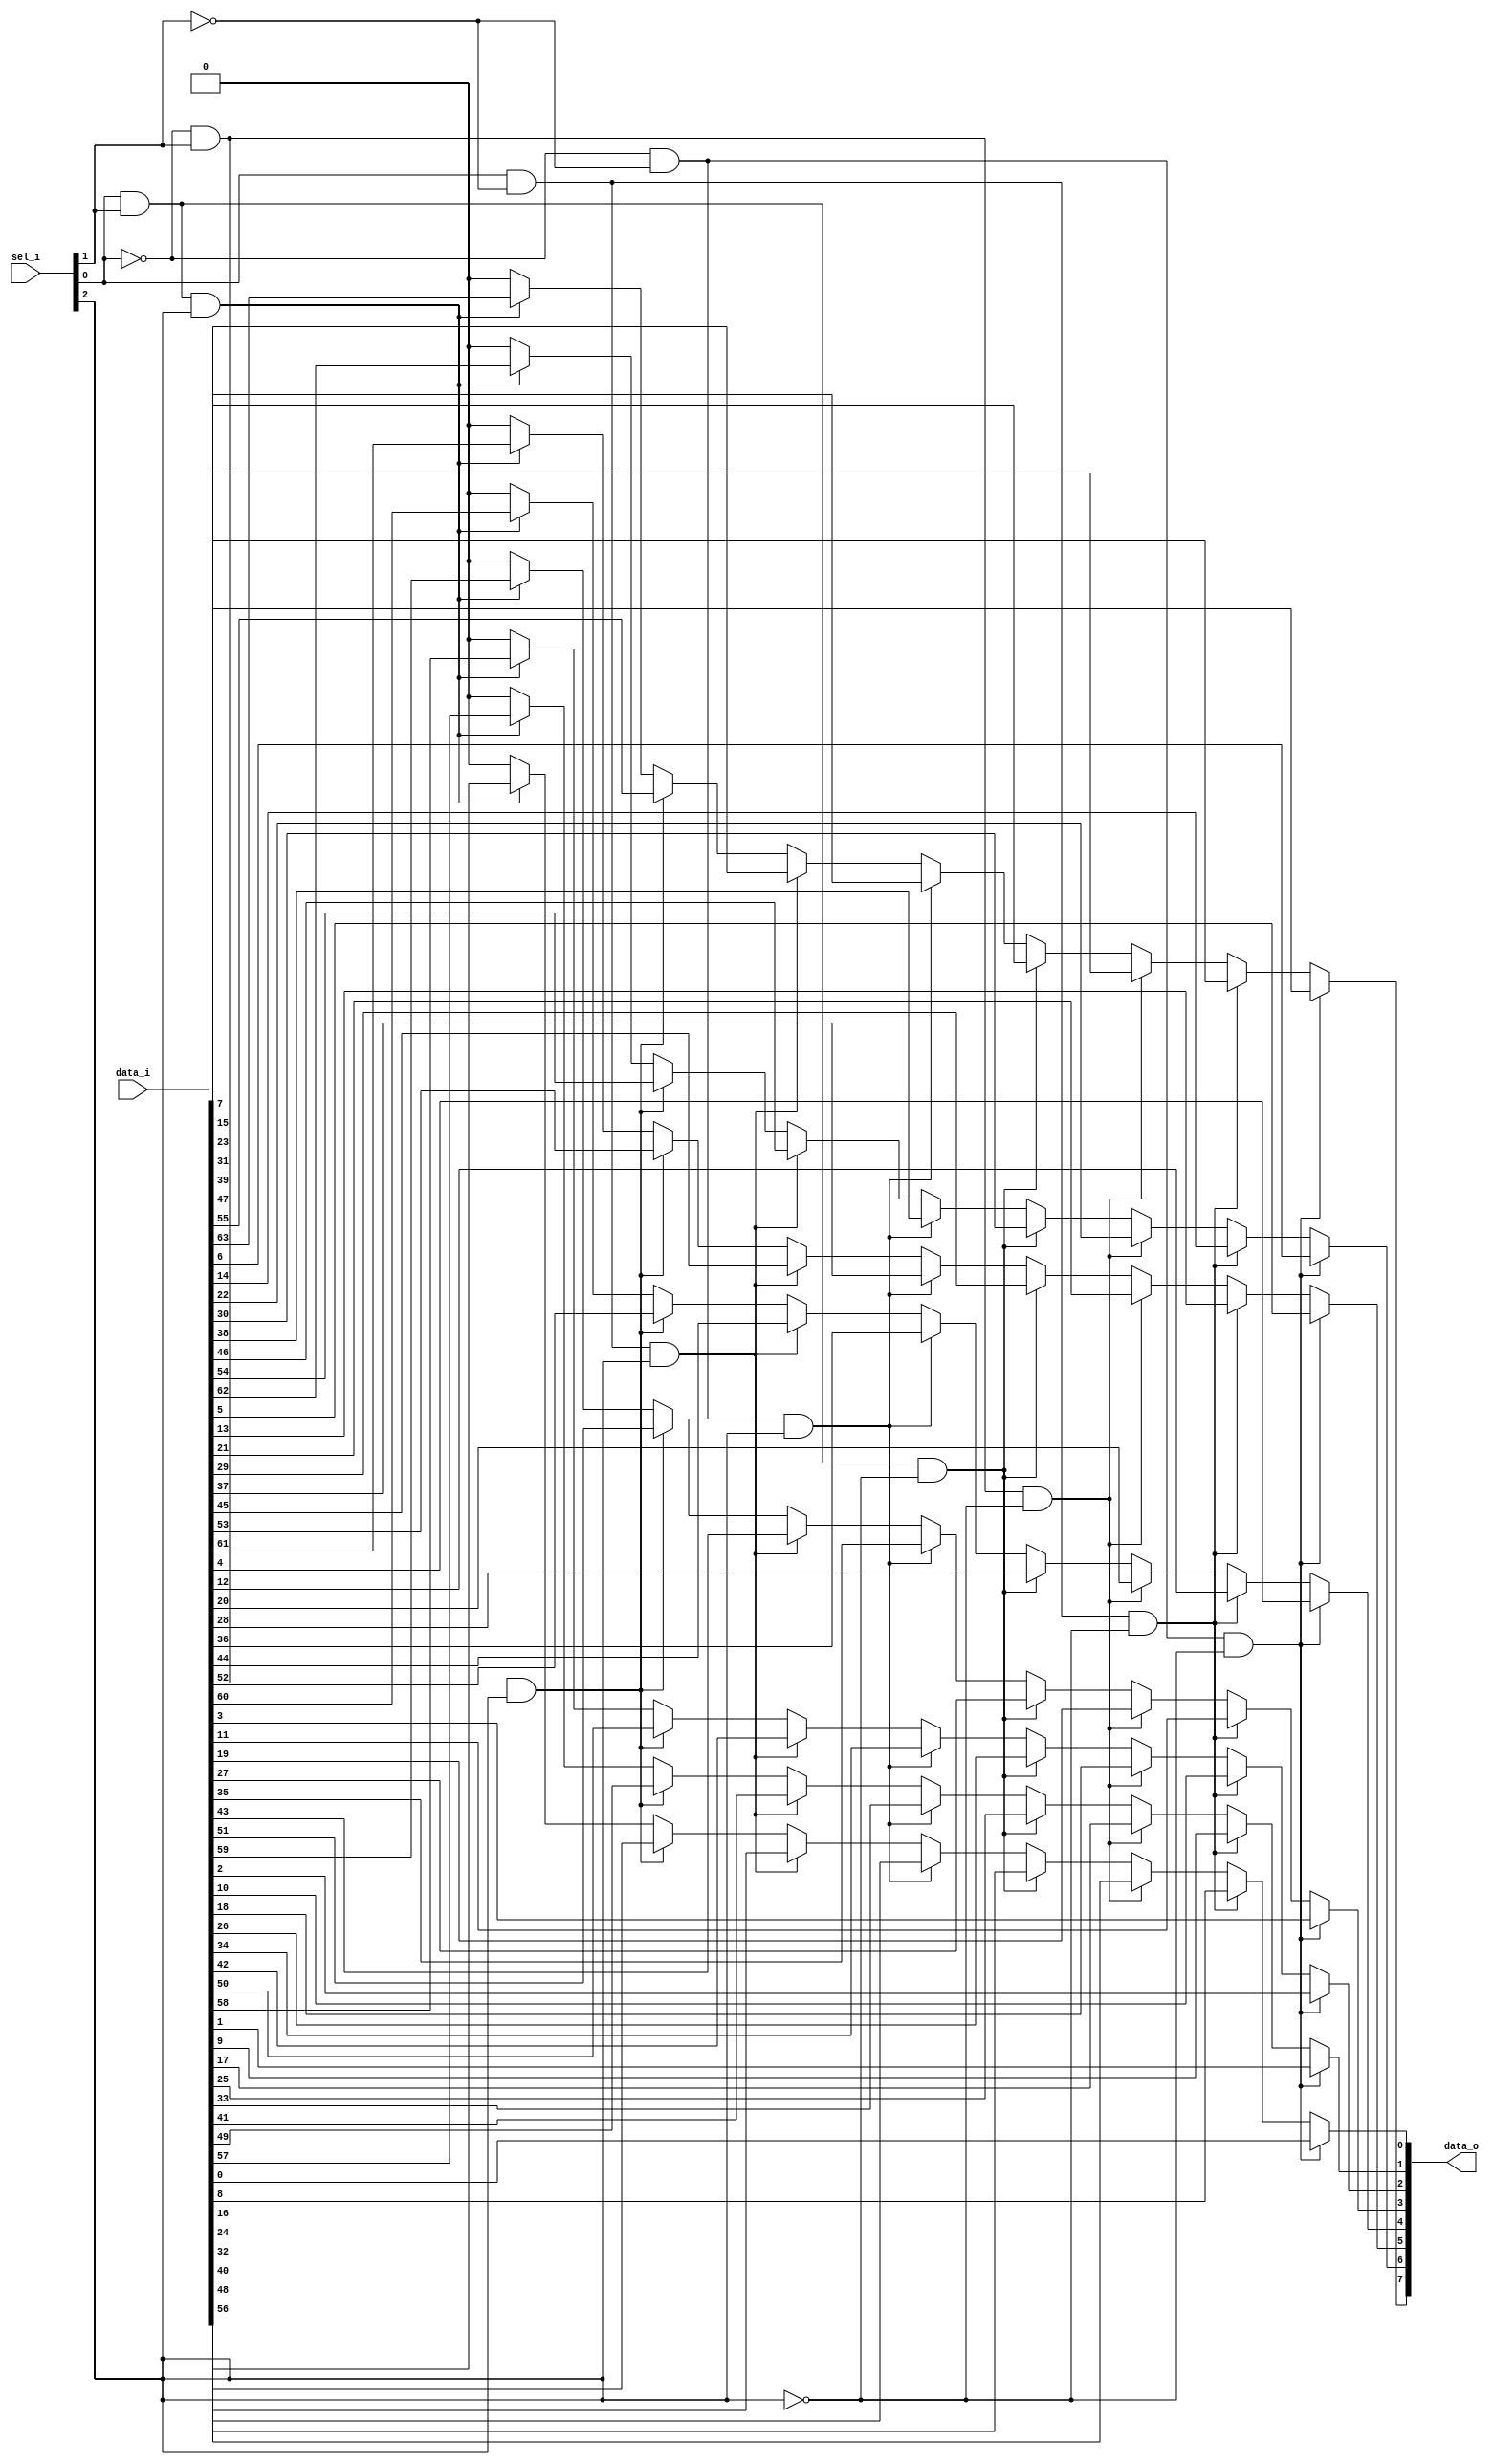
// This program was cloned from: https://github.com/NYU-MLDA/OpenABC
// License: BSD 3-Clause "New" or "Revised" License

module bsg_mux_width_p8_els_p8
(
  data_i,
  sel_i,
  data_o
);

  input [63:0] data_i;
  input [2:0] sel_i;
  output [7:0] data_o;
  wire [7:0] data_o;
  wire N0,N1,N2,N3,N4,N5,N6,N7,N8,N9,N10,N11,N12,N13,N14;
  assign data_o[7] = (N7)? data_i[7] : 
                     (N9)? data_i[15] : 
                     (N11)? data_i[23] : 
                     (N13)? data_i[31] : 
                     (N8)? data_i[39] : 
                     (N10)? data_i[47] : 
                     (N12)? data_i[55] : 
                     (N14)? data_i[63] : 1'b0;
  assign data_o[6] = (N7)? data_i[6] : 
                     (N9)? data_i[14] : 
                     (N11)? data_i[22] : 
                     (N13)? data_i[30] : 
                     (N8)? data_i[38] : 
                     (N10)? data_i[46] : 
                     (N12)? data_i[54] : 
                     (N14)? data_i[62] : 1'b0;
  assign data_o[5] = (N7)? data_i[5] : 
                     (N9)? data_i[13] : 
                     (N11)? data_i[21] : 
                     (N13)? data_i[29] : 
                     (N8)? data_i[37] : 
                     (N10)? data_i[45] : 
                     (N12)? data_i[53] : 
                     (N14)? data_i[61] : 1'b0;
  assign data_o[4] = (N7)? data_i[4] : 
                     (N9)? data_i[12] : 
                     (N11)? data_i[20] : 
                     (N13)? data_i[28] : 
                     (N8)? data_i[36] : 
                     (N10)? data_i[44] : 
                     (N12)? data_i[52] : 
                     (N14)? data_i[60] : 1'b0;
  assign data_o[3] = (N7)? data_i[3] : 
                     (N9)? data_i[11] : 
                     (N11)? data_i[19] : 
                     (N13)? data_i[27] : 
                     (N8)? data_i[35] : 
                     (N10)? data_i[43] : 
                     (N12)? data_i[51] : 
                     (N14)? data_i[59] : 1'b0;
  assign data_o[2] = (N7)? data_i[2] : 
                     (N9)? data_i[10] : 
                     (N11)? data_i[18] : 
                     (N13)? data_i[26] : 
                     (N8)? data_i[34] : 
                     (N10)? data_i[42] : 
                     (N12)? data_i[50] : 
                     (N14)? data_i[58] : 1'b0;
  assign data_o[1] = (N7)? data_i[1] : 
                     (N9)? data_i[9] : 
                     (N11)? data_i[17] : 
                     (N13)? data_i[25] : 
                     (N8)? data_i[33] : 
                     (N10)? data_i[41] : 
                     (N12)? data_i[49] : 
                     (N14)? data_i[57] : 1'b0;
  assign data_o[0] = (N7)? data_i[0] : 
                     (N9)? data_i[8] : 
                     (N11)? data_i[16] : 
                     (N13)? data_i[24] : 
                     (N8)? data_i[32] : 
                     (N10)? data_i[40] : 
                     (N12)? data_i[48] : 
                     (N14)? data_i[56] : 1'b0;
  assign N0 = ~sel_i[0];
  assign N1 = ~sel_i[1];
  assign N2 = N0 & N1;
  assign N3 = N0 & sel_i[1];
  assign N4 = sel_i[0] & N1;
  assign N5 = sel_i[0] & sel_i[1];
  assign N6 = ~sel_i[2];
  assign N7 = N2 & N6;
  assign N8 = N2 & sel_i[2];
  assign N9 = N4 & N6;
  assign N10 = N4 & sel_i[2];
  assign N11 = N3 & N6;
  assign N12 = N3 & sel_i[2];
  assign N13 = N5 & N6;
  assign N14 = N5 & sel_i[2];

endmodule